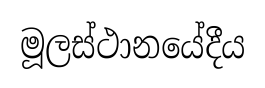
මූලස්ථානයේදීය